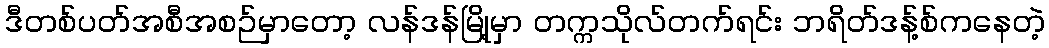
ဒီတစ်ပတ်အစီအစဉ်မှာတော့ လန်ဒန်မြို့မှာ တက္ကသိုလ်တက်ရင်း ဘရိတ်ဒန့်စ်ကနေတဲ့